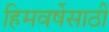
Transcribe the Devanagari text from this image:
हिमवर्षेसाठी